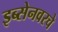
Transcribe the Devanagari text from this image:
इब्सेनवरचे